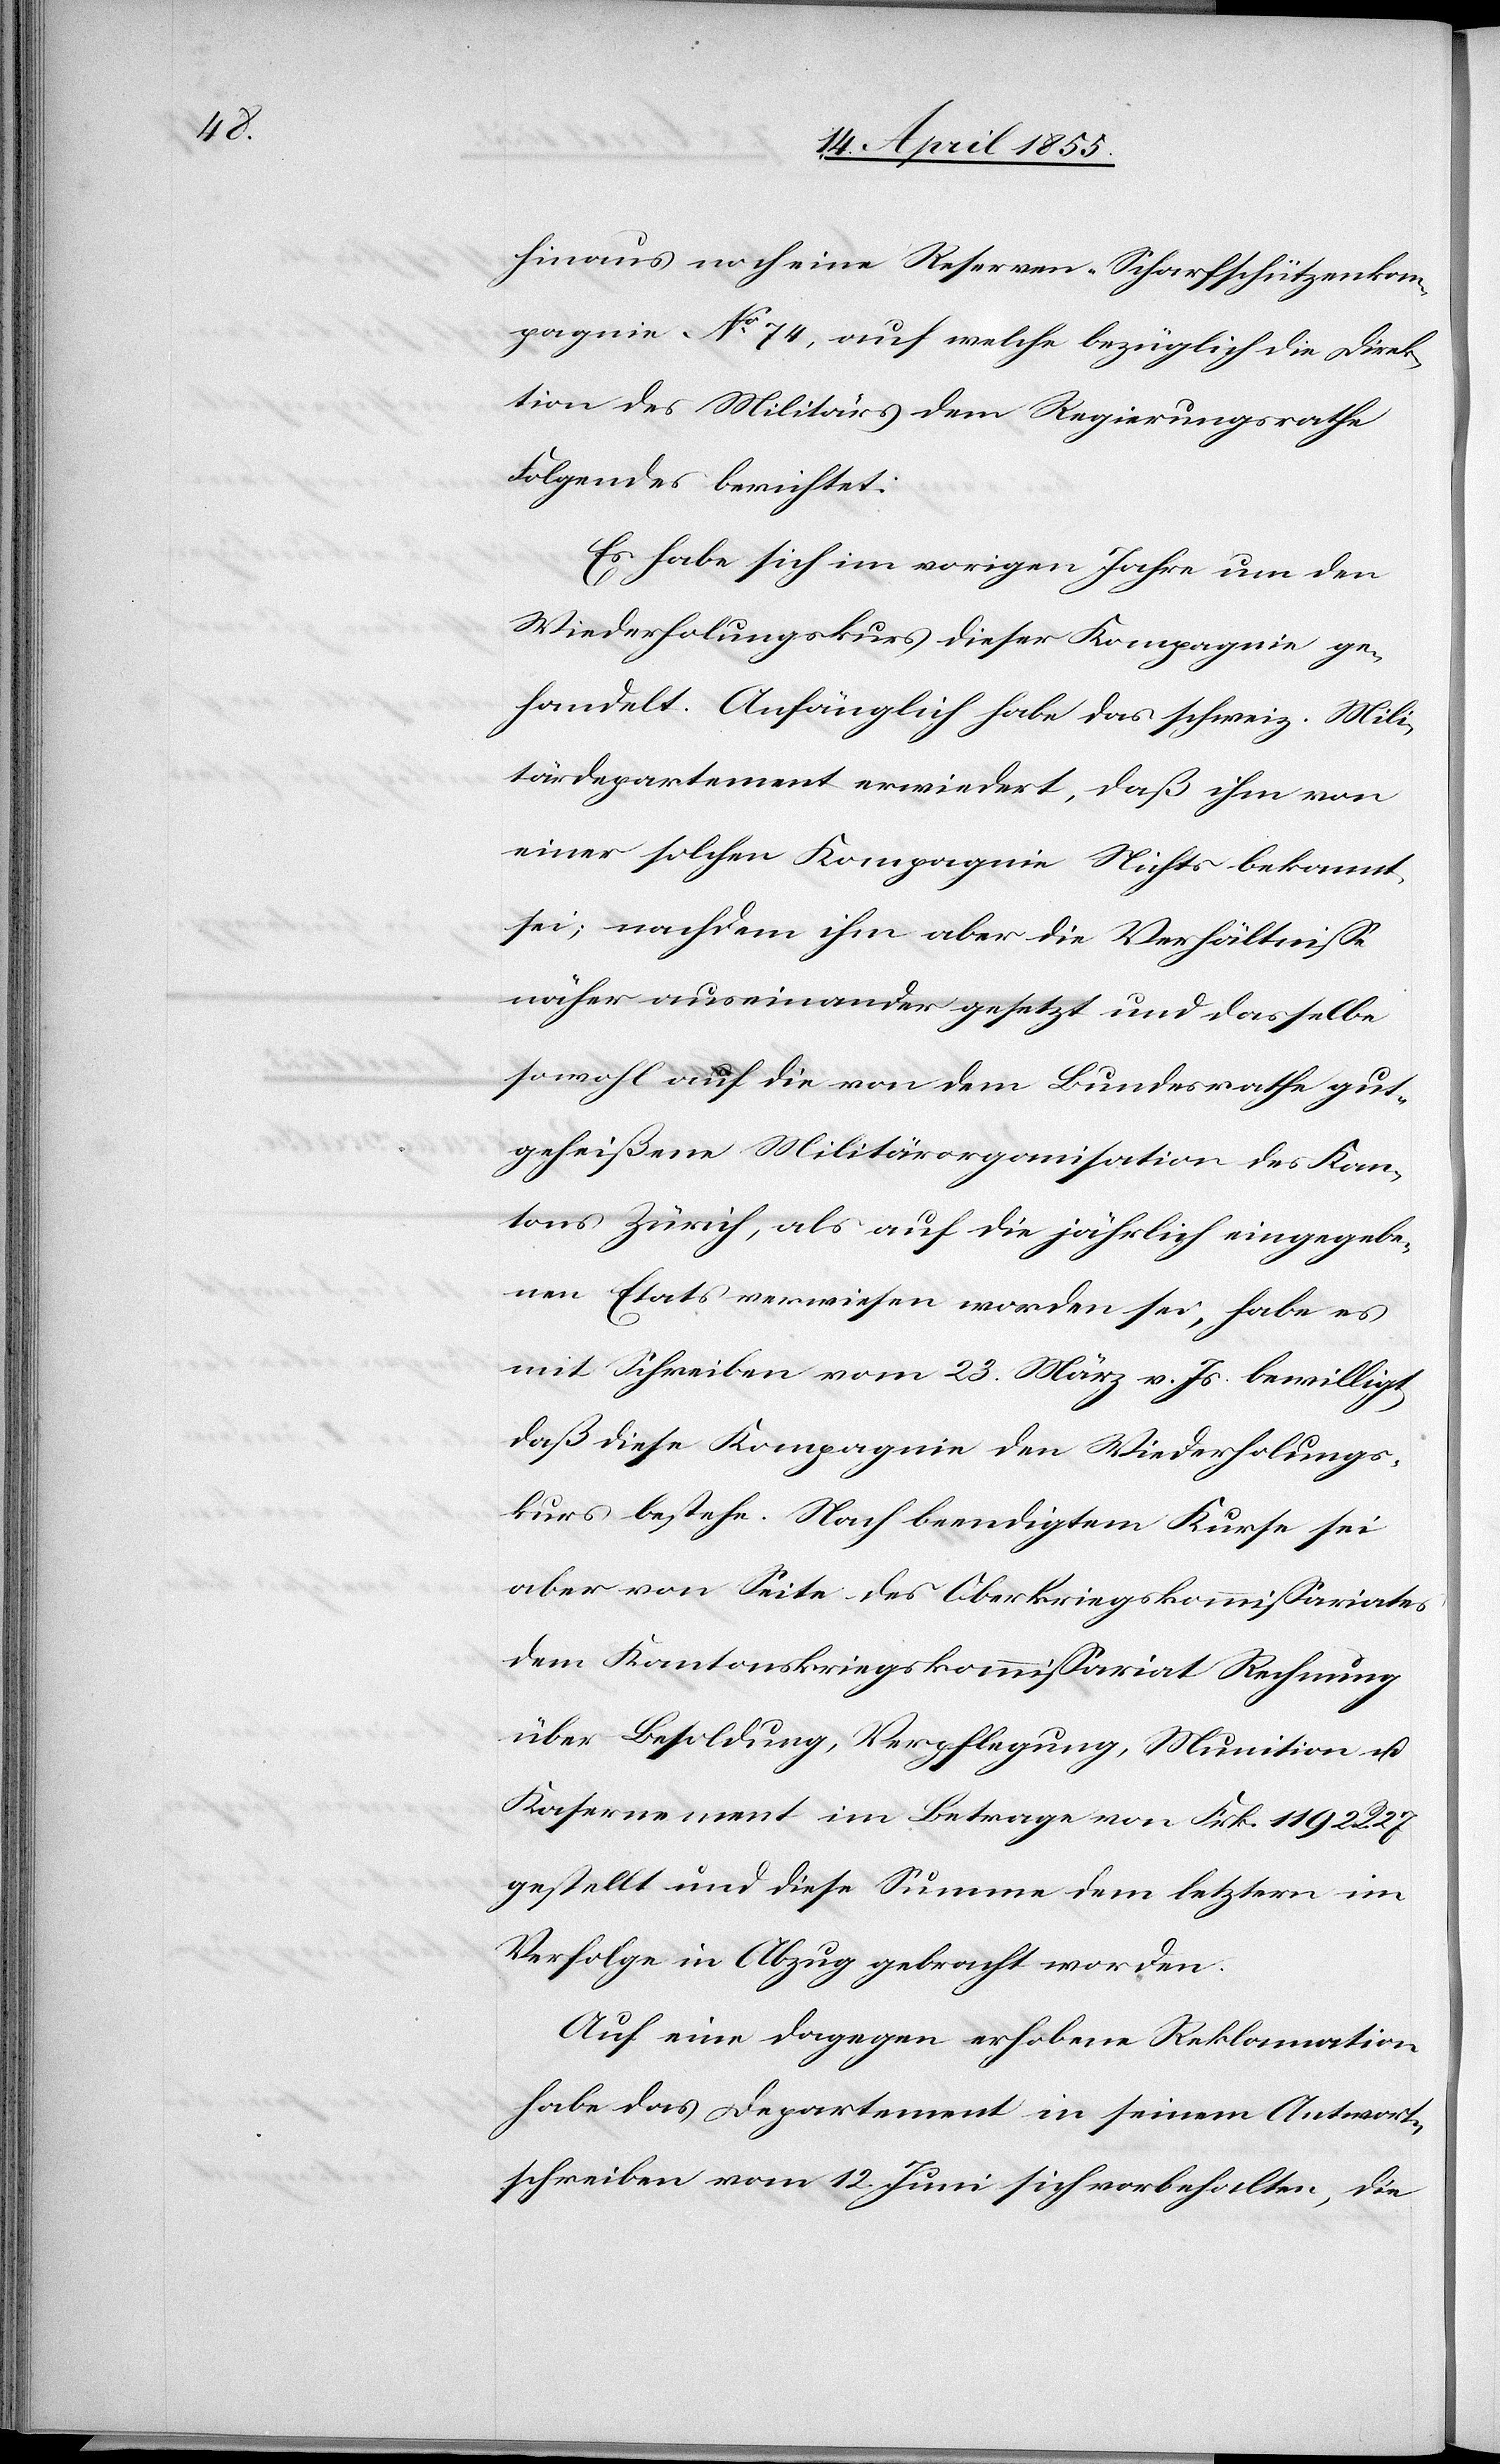
hinaus noch eine Reserven-Scharfschützenkom¬
pagnie No 74, auf welche bezüglich die Direk¬
tion des Militärs dem Regierungsrathe
Folgendes berichtet:
Es habe sich im vorigen Jahre um den
Wiederholungskurs dieser Kompagnie ge¬
handelt. Anfänglich habe das schweiz. Mili¬
tärdepartement erwiedert, daß ihm von
einer solchen Kompagnie Nichts bekannt
sei; nachdem ihm aber die Verhältnisse
näher auseinander gesetzt und dasselbe
sowohl auf die von dem Bundesrathe gut¬
geheißene Militärorganisation des Kan¬
tons Zürich, als auf die jährlich eingegebe¬
nen Etats verwiesen worden sei, habe es
mit Schreiben vom 23. März v. Js. bewilligt,
daß diese Kompagnie den Wiederholungs¬
kurs bestehe. Nach beendigtem Kurse sei
aber von Seite des Oberkriegskommissariates
dem Kantonskriegskommissariat Rechnung
über Besoldung, Verpflegung, Munition u.
Kasernement im Betrage von Frk. 1192. R. 27
gestellt und diese Summe dem letztern im
Verfolge in Abzug gebracht worden.
Auf eine dagegen erhobene Reklamation
habe das Departement in seinem Antwort¬
schreiben vom 12. Juni sich vorbehalten, die